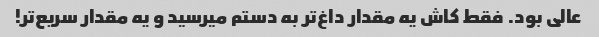
عالی بود. فقط کاش یه مقدار داغ‌تر به دستم میرسید و یه مقدار سریع‌تر!